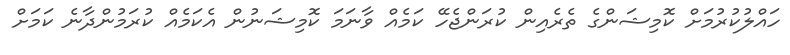
ހައްލުކުރުމަށް ކޮމިޝަންގެ ތެރެއިން ކުރަންޖެހޭ ކަމެއް ވާނަމަ ކޮމިޝަނުން އެކަމެއް ކުރަމުންދާނެ ކަމަށް